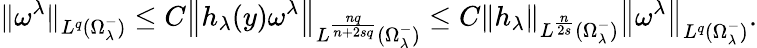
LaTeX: {\| \omega^{\lambda}\| }_{L^{q}(\Omega_{\lambda}^{-})}\leq C{\left\| h_{\lambda}(y)\omega^{\lambda}\right\| }_{L^{\frac{nq}{n+2sq}}(\Omega_{\lambda}^{-})}\leq C{\left\| h_{\lambda}\right\| }_{L^{\frac{n}{2s}}(\Omega_{\lambda}^{-})}{\left\| \omega^{\lambda}\right\| }_{L^{q}(\Omega_{\lambda}^{-})}.